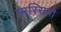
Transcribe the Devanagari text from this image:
मास्‍सिमो